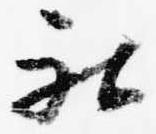
被